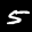
Label: 5